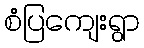
စံပြကျေးရွာ